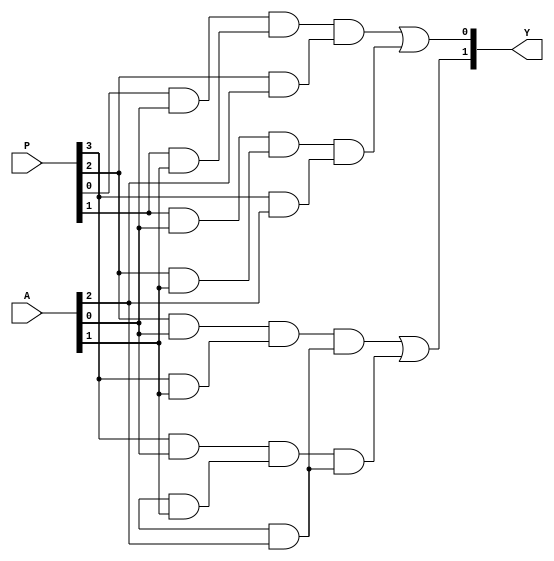
module SPAL (
    input wire [N-1:0] A,        // Input signals (N inputs)
    input wire [M-1:0] P,        // Programmable connections for AND array
    output wire [O-1:0] Y        // Output signals (O outputs)
);
    parameter N = 3;             // Number of inputs (A, B, C)
    parameter M = 4;             // Number of programmable AND gates
    parameter O = 2;             // Number of outputs (Y1, Y2)

    // Internal signals for AND array outputs
    wire [M-1:0] and_out;

    // Programmable AND array
    genvar i;
    generate
        for (i = 0; i < M; i = i + 1) begin : and_array
            // Each AND gate can be programmed using P[i]
            assign and_out[i] = (P[i] & A[0]) & (P[i+1] & A[1]) & (P[i+2] & A[2]);
        end
    endgenerate

    // Fixed OR array
    assign Y[0] = and_out[0] | and_out[1]; // Output Y1
    assign Y[1] = and_out[2] | and_out[3]; // Output Y2

endmodule